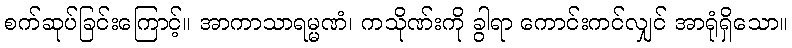
စက်ဆုပ်ခြင်းကြောင့်။ အာကာသာရမ္မဏံ၊ ကသိုဏ်းကို ခွါရာ ကောင်းကင်လျှင် အာရုံရှိသော။